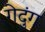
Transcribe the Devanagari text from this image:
गेदुंग